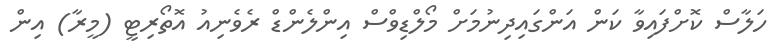
ހަލާސް ކޮށްފައިވާ ކަން އަންގައިދިނުމަށް މޯލްޑިވްސް އިންލެންޑް ރެވެނިއު އޮތޯރިޓީ (މީރާ) އިން